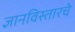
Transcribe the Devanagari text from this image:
ज्ञानविस्तारचे